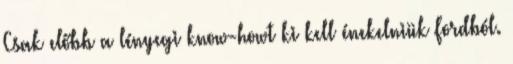
Csak előbb a lényegi know-howt ki kell énekelniük Fordból.